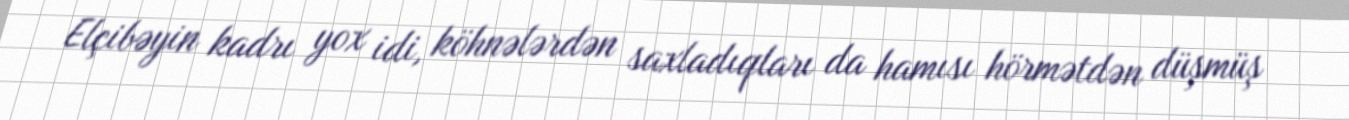
Elçibəyin kadrı yox idi, köhnələrdən saxladıqları da hamısı hörmətdən düşmüş